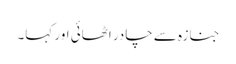
جنازہ سے چادر اٹھائی اور کہا۔